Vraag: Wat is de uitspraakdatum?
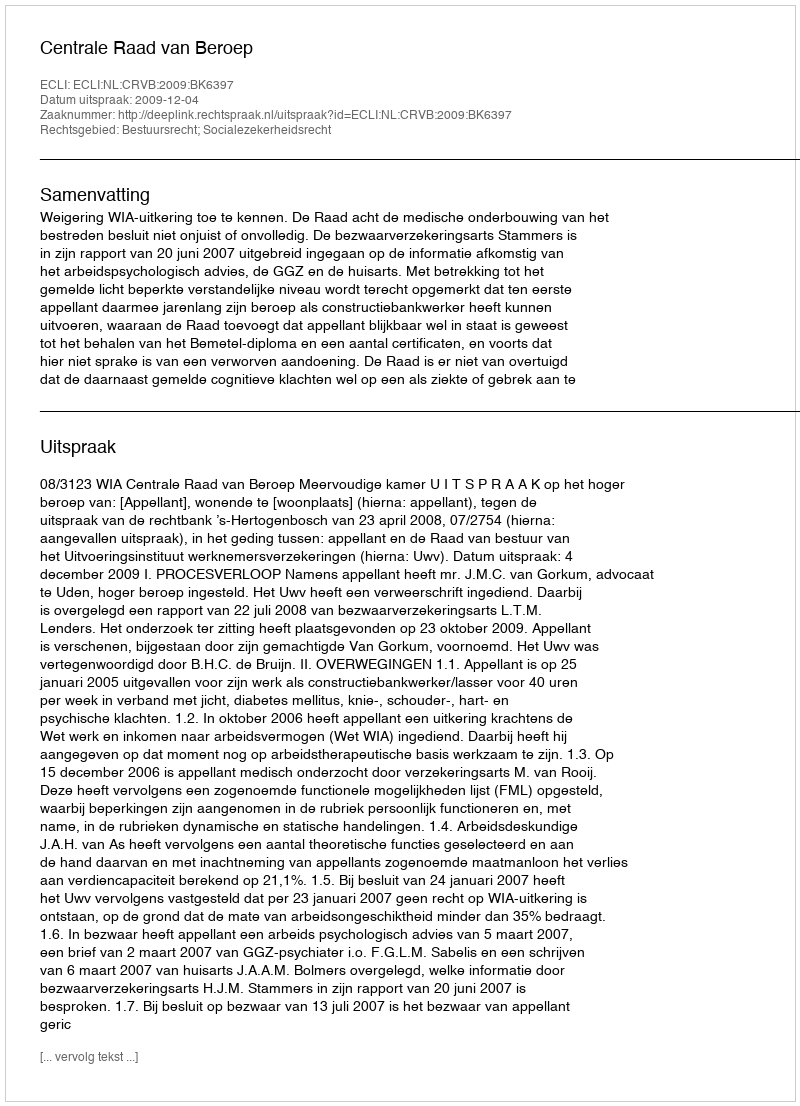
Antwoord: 2009-12-04